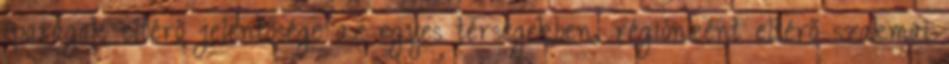
iparágak eltérő jelentősége az egyes térségekben, régiónként eltérő szakmai